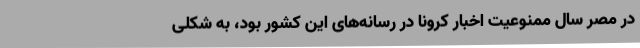
در مصر سال ممنوعیت اخبار کرونا در رسانه‌های این کشور بود، به شکلی